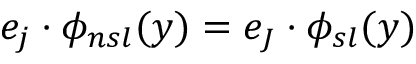
e _ { j } \cdot \phi _ { n s l } ( y ) = e _ { J } \cdot \phi _ { s l } ( y )